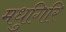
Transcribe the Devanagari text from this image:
मधुगिरि